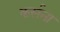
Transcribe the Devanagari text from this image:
कर्सना